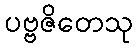
ပဗ္ဗဇိတေသု